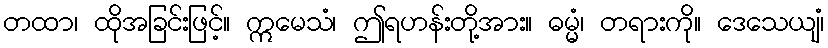
တထာ၊ ထိုအခြင်းဖြင့်။ ဣမေသံ၊ ဤရဟန်းတို့အား။ ဓမ္မံ၊ တရားကို။ ဒေသေယျံ၊